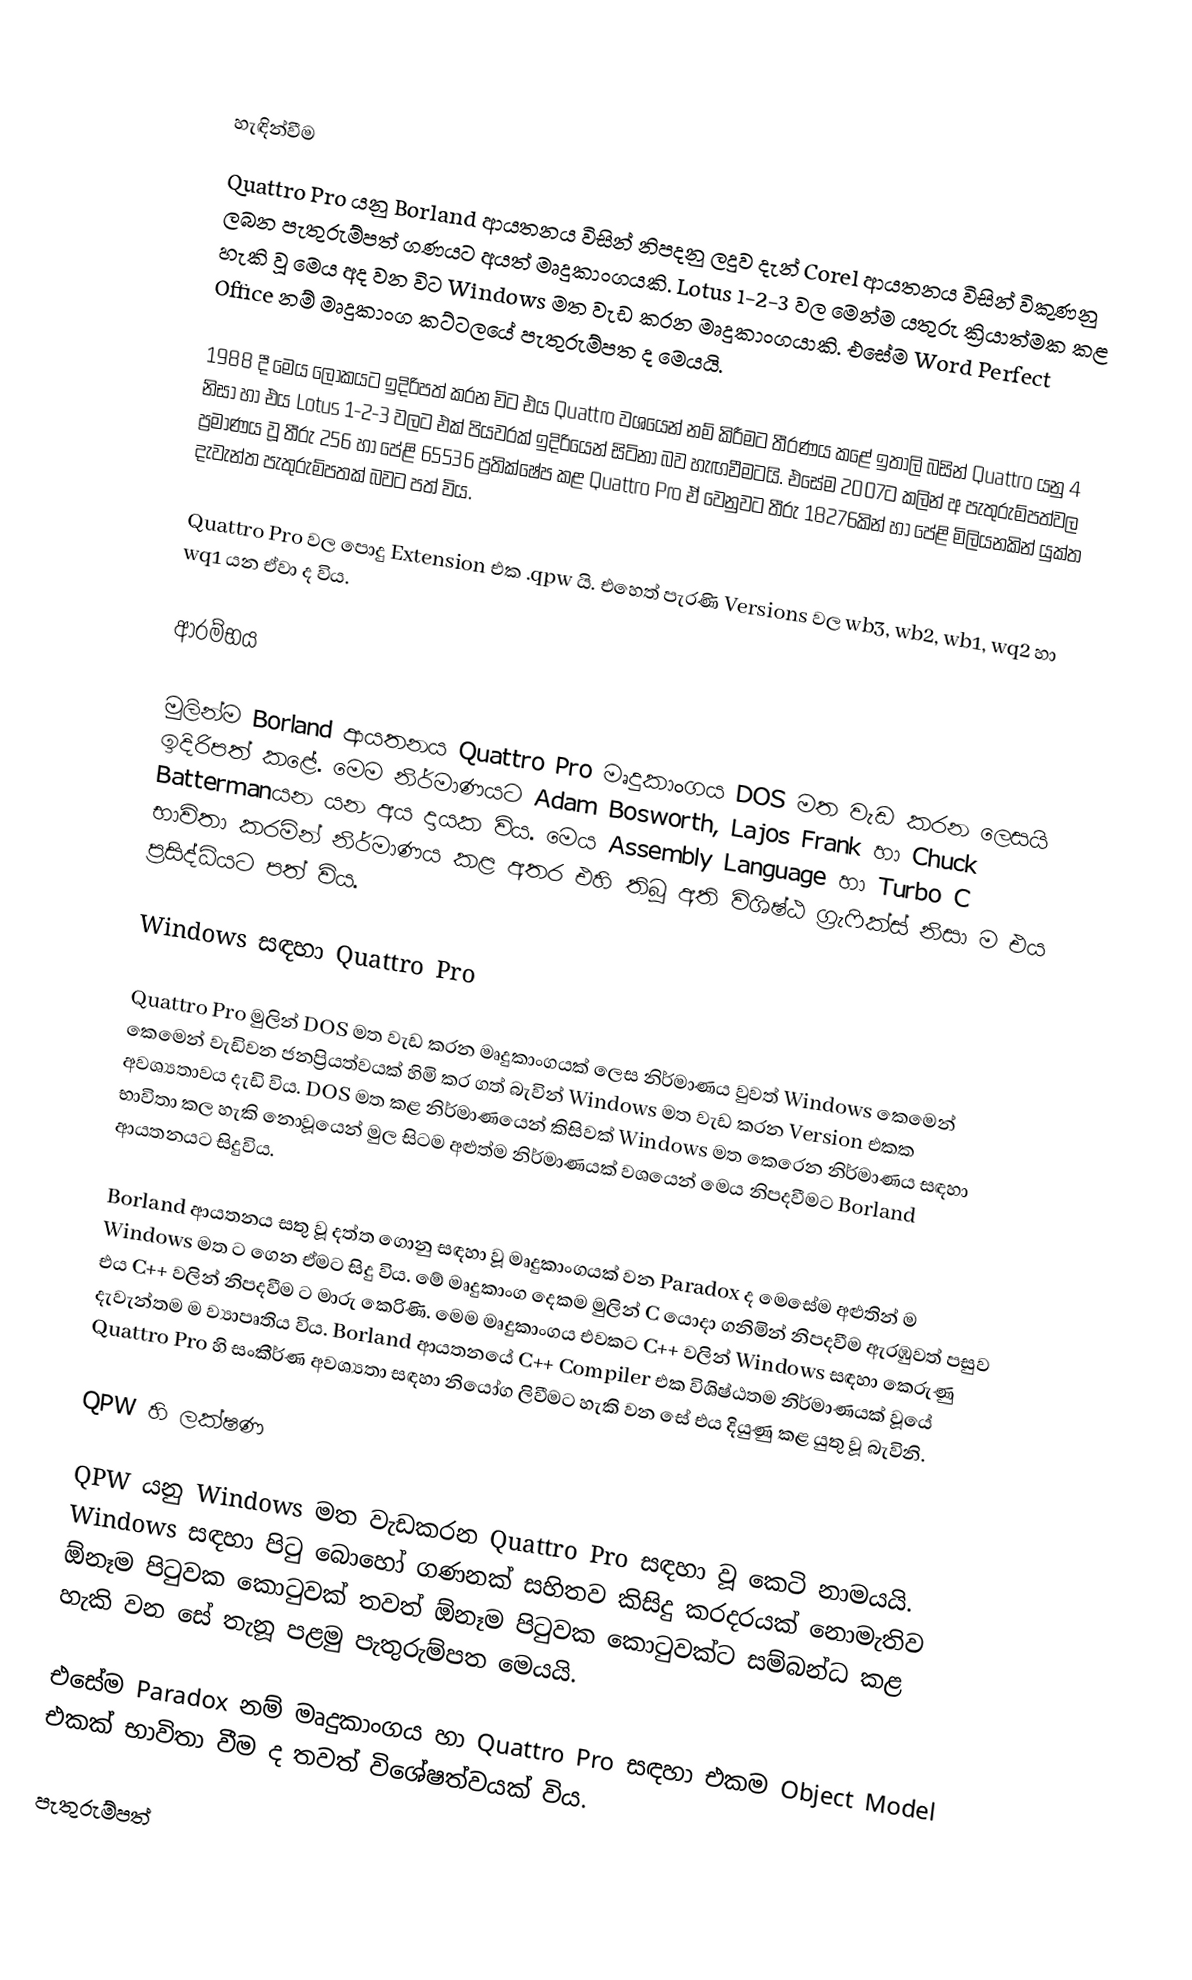

හැඳින්වීම
Quattro Pro යනු Borland ආයතනය විසින් නිපදනු ලදුව දැන් Corel  ආයතනය විසින් විකුණනු ලබන පැතුරුම්පත් ගණයට අයත් මෘදුකාංගයකි. Lotus 1-2-3 වල මෙන්ම යතුරු ක්‍රියාත්මක කළ හැකි වූ මෙය අද වන විට Windows මත වැඩ කරන මෘදුකාංගයාකි. එසේම Word Perfect Office නම් මෘදුකාංග කට්ටලයේ පැතුරුම්පත ද මෙයයි.

1988 දී මෙය ලෝකයට ඉදිරිපත් කරන විට එය Quattro වශයෙන් නම් කිරීමට තීරණය කළේ ඉතාලි බසින් Quattro  යනු 4 නිසා හා එය Lotus 1-2-3 වලට එක් පියවරක් ඉදිරියෙන් සිටිනා බව හැඟවීමටයි. එසේම 2007ට කලින් අ පැතුරුම්පත්වල ප්‍රමාණය වූ තීරු 256 හා පේළි 65536 ප්‍රතික්ෂේප කළ Quattro Pro ඒ වෙනුවට තීරු 18276කින් හා පේළි මිලියනකින් යුක්ත දැවැන්ත පැතුරුම්පතක් බවට පත් විය.

Quattro Pro වල පොදු Extension එක .qpw යි. එහෙත් පැරණි Versions වල wb3, wb2, wb1, wq2 හා wq1 යන ඒවා ද විය.

ආරම්භය

මුලින්ම Borland ආයතනය Quattro Pro මෘදුකාංගය DOS මත වැඩ කරන ලෙසයි ඉදිරිපත් කළේ. මෙම නිර්මාණයට Adam Bosworth, Lajos Frank හා Chuck Battermanයන යන අය දායක විය. මෙය Assembly Language හා Turbo C භාවිතා කරමින් නිර්මාණය කළ අතර එහි තිබූ අති විශිෂ්ඨ ග්‍රැෆික්ස් නිසා ම එය  ප්‍රසිද්ධියට පත් විය.

Windows සඳහා Quattro Pro

Quattro Pro මුලින් DOS මත වැඩ කරන මෘදුකාංගයක් ලෙස නිර්මාණය වුවත් Windows කෙමෙන් කෙමෙන් වැඩිවන ජනප්‍රියත්වයක් හිමි කර ගත් බැවින් Windows මත වැඩ කරන Version එකක අවශ්‍යතාවය දැඩි විය. DOS මත කළ නිර්මාණයෙන් කිසිවක් Windows මත කෙරෙන නිර්මාණය සඳහා භාවිතා කල හැකි නොවූයෙන් මුල සිටම අළුත්ම නිර්මාණයක් වශයෙන් මෙය නිපදවීමට Borland ආයතනයට සිදුවිය.

Borland ආයතනය සතු වූ දත්ත ගොනු සඳහා වූ මෘදුකාංගයක් වන Paradox ද මෙසේම අළුතින් ම Windows මත ට ගෙන ඒමට සිදු විය. මේ මෘදුකාංග දෙකම මුලින් C යොදා ගනිමින් නිපදවීම ඇරඹුවත් පසුව එය C++ වලින් නිපදවීම ට මාරු කෙරිණි. මෙම මෘදුකාංගය එවකට C++ වලින් Windows සඳහා කෙරුණු දැවැන්තම ම ව්‍යාපෘතිය විය. Borland ආයතනයේ C++ Compiler එක විශිෂ්ඨතම නිර්මාණයක් වූයේ Quattro Pro හි සංකීර්ණ අවශ්‍යතා සඳහා නියෝග ලිවීමට  හැකි වන සේ එය දියුණු කළ යුතු වූ බැවිනි.

QPW හි ලක්ෂණ

QPW යනු Windows මත වැඩකරන Quattro Pro සඳහා වූ කෙටි නාමයයි. Windows සඳහා පිටු බොහෝ ගණනක් සහිතව කිසිදු කරදරයක් නොමැතිව ඕනෑම පිටුවක කොටුවක් තවත් ඕනෑම පිටුවක කොටුවක්ට සම්බන්ධ කළ හැකි වන සේ තැනූ පළමු පැතුරුම්පත මෙයයි.

එසේම Paradox නම් මෘදුකාංගය හා Quattro Pro සඳහා එකම Object Model එකක් භාවිතා වීම ද තවත් විශේෂත්වයක් විය.

පැතුරුම්පත්